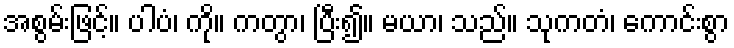
အစွမ်းဖြင့်။ ပါပံ၊ ကို။ ကတွာ၊ ပြီး၍။ မယာ၊ သည်။ သုကတံ၊ ကောင်းစွာ